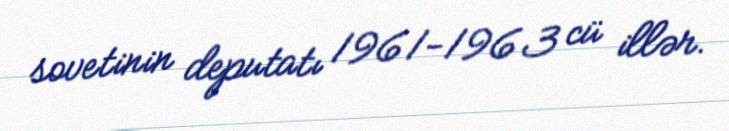
sovetinin deputatı 1961-1963 cü illər.